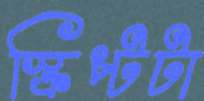
স্ক্রিপ্টটা